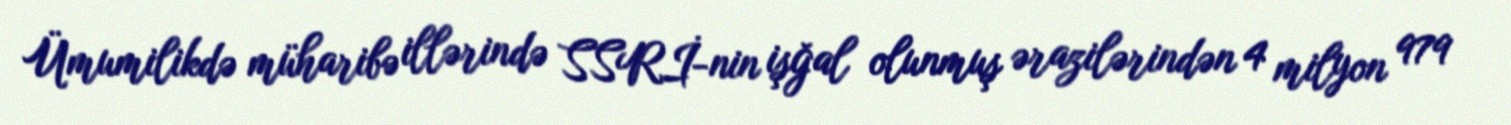
Ümumilikdə müharibə illərində SSRİ-nin işğal olunmuş ərazilərindən 4 milyon 979